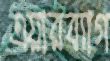
এয়ারব্যাগ